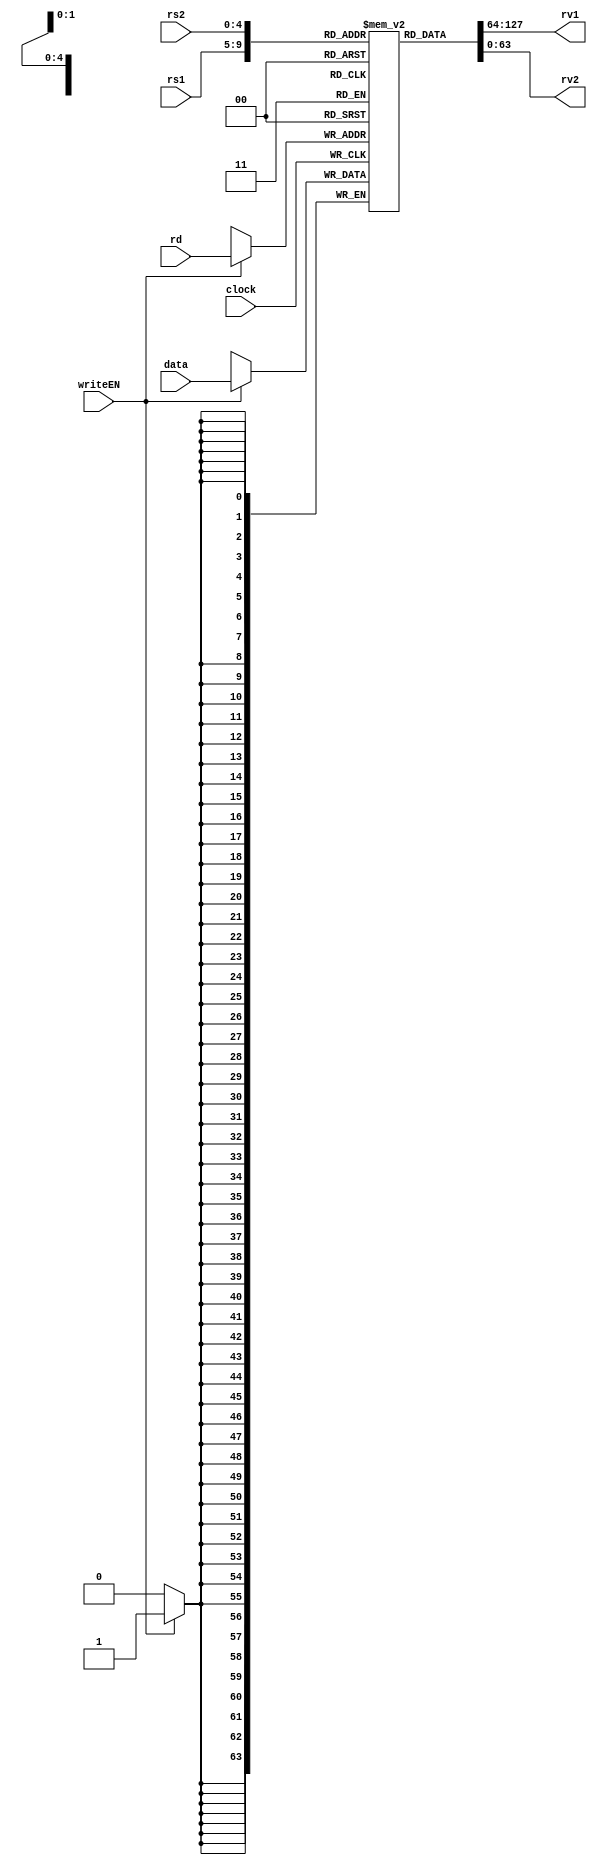
// This program was cloned from: https://github.com/Maculos/BOG-1
// License: Creative Commons Zero v1.0 Universal

/*
RV64I CPU Project
Module is based on version 20191213 of the Unprivileged RISC-V ISA Chapter(s) 2.1 Page 14
These comments are left both for anyone for some reason leaveraging my work but also to give myself a quick reference before this gets too into the weeds
I would to thank Professor Onur Mutlu for being so kind to publish his lectures online, they have been a great resource I could not have gone without.
*/

`ifndef regfile
`define regfile

module regfile (
    input clock,
    input writeEN,

    //Data to be put onto a register, 64 bits
    input [63:0] data,
    
    //Register Source 1&2, Register Destination, encoded with 5 bits represending a value up to 32
    input [4:0] rs1,
    input [4:0] rs2,
    input [4:0] rd,

    //Register value 1&2 outputs
    output [63:0] rv1,
    output [63:0] rv2
);
    //A 64 bit wide data storage (reg [63:0]) that is 32 objects wide ([31:0]) assigned to the name regs
    reg [63:0] regs [31:0];

    //Assign the output variables to the selected register position
    assign rv1 = regs[rs1];
    assign rv2 = regs[rs2];

    always @(posedge clock) begin
        if (writeEN) begin
            regs[rd] <= data;
        end
    end

endmodule

`endif